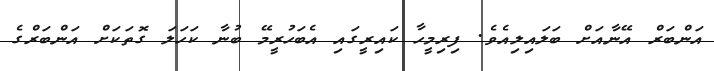
އަންބަރް އޭނާއަށް ބަލައިލިއެވެ. ފިރިމީހާ ކައިރީގައި އެބަހުރީމޭ ބުނާ ކަހަލަ ގޮތަކަށް އަންބަރްގެ